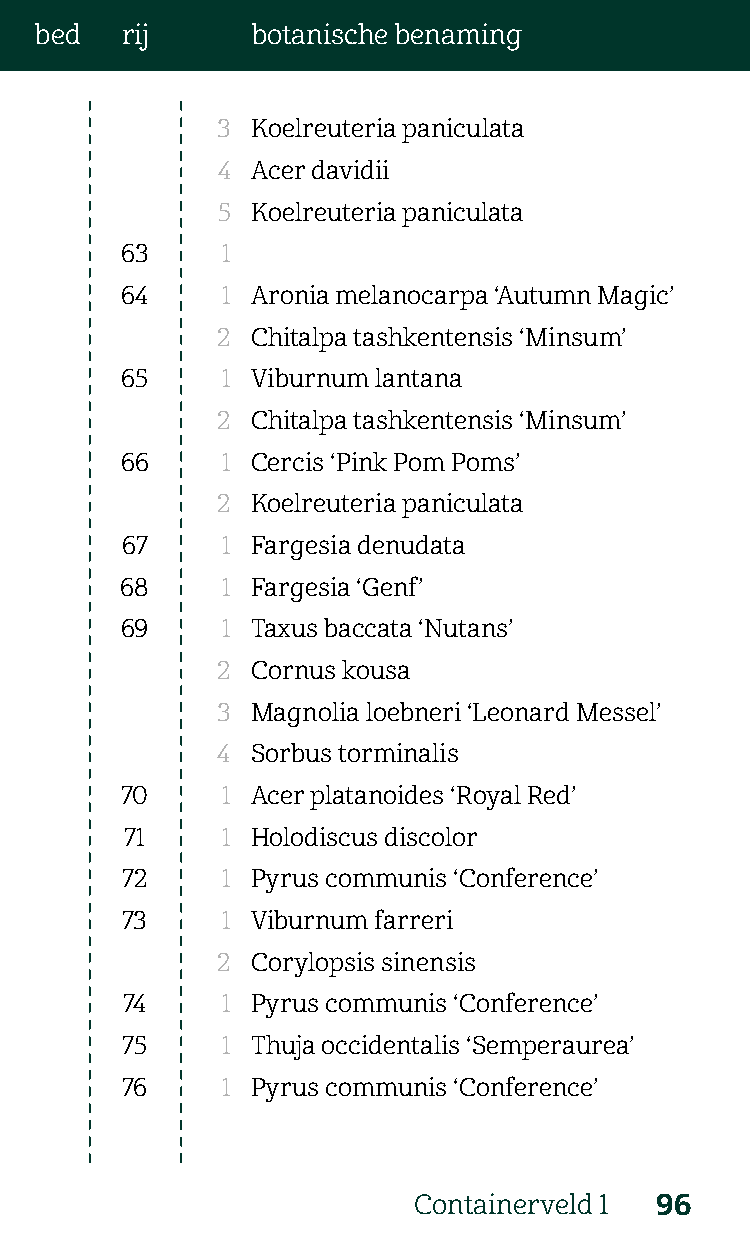
bed   rij      botanische benaming
 3  Koelreuteria paniculata
 4  Acer davidii
 5  Koelreuteria paniculata
 63     1
 64     1 Aronia melanocarpa ‘Autumn Magic’
 2  Chitalpa tashkentensis ‘Minsum’
 65     1 Viburnum lantana
 2  Chitalpa tashkentensis ‘Minsum’
 66     1 Cercis ‘Pink Pom Poms’
 2  Koelreuteria paniculata
 67     1 Fargesia denudata
 68     1 Fargesia ‘Genf’
 69     1 Taxus baccata ‘Nutans’
 2  Cornus kousa
 3  Magnolia loebneri ‘Leonard Messel’
 4  Sorbus torminalis
 70     1 Acer platanoides ‘Royal Red’
 71     1 Holodiscus discolor
 72     1 Pyrus communis ‘Conference’
 73     1 Viburnum farreri
 2  Corylopsis sinensis
 74     1 Pyrus communis ‘Conference’
 75     1 Thuja occidentalis ‘Semperaurea’
 76     1 Pyrus communis ‘Conference’
 Containerveld 1 96